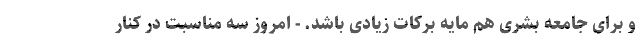
و برای جامعه بشری هم مایه برکات زیادی باشد. - امروز سه مناسبت در کنار